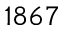
1 8 6 7